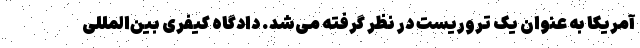
آمریکا به عنوان یک تروریست در نظر گرفته می‌شد. دادگاه کیفری بین‌المللی